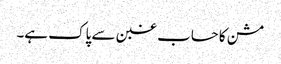
مشن کا حساب غبن سے پاک ہے۔